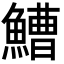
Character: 鰽